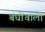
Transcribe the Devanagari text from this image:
बंधोंवाली